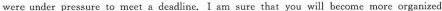
were under pressure to meet g deadline.I am sure that you will become more organized